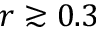
r \gtrsim 0 . 3